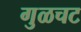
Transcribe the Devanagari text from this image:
गुळचट